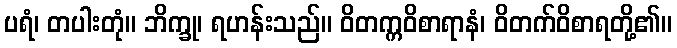
ပရံ၊ တပါးတုံ။ ဘိက္ခု၊ ရဟန်းသည်။ ဝိတက္ကဝိစာရာနံ၊ ဝိတက်ဝိစာရတို့၏။